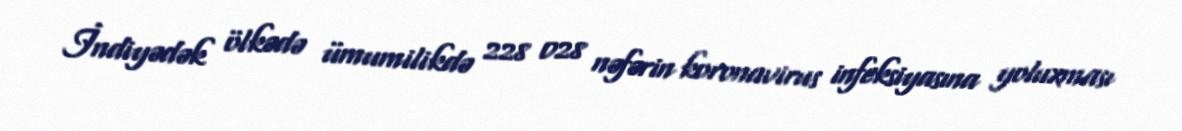
İndiyədək ölkədə ümumilikdə 228 028 nəfərin koronavirus infeksiyasına yoluxması